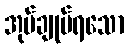
အုပ်ချုပ်ရသော